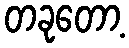
တခုတော့